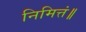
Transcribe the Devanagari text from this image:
निमित्तं॥